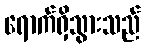
ရောက်ရှိသွားသည်